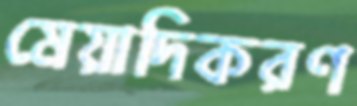
মেয়াদিকরণ